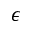
\epsilon